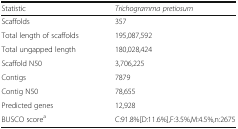
<table><thead><tr><td><b>Statistic</b></td><td><b><i>Trichogramma pretiosum</i></b></td></tr></thead><tbody><tr><td>Scaffolds</td><td>357</td></tr><tr><td>Total length of scaffolds</td><td>195,087,592</td></tr><tr><td>Total ungapped length</td><td>180,028,424</td></tr><tr><td>Scaffold N50</td><td>3,706,225</td></tr><tr><td>Contigs</td><td>7879</td></tr><tr><td>Contig N50</td><td>78,655</td></tr><tr><td>Predicted genes</td><td>12,928</td></tr><tr><td>BUSCO score<sup>a</sup></td><td>C:91.8%[D:11.6%],F:3.5%,M:4.5%,n:2675</td></tr></tbody></table>